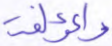
والمؤلفة